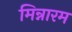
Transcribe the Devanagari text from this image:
मिन्नारम